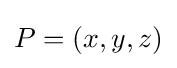
P=(x,y,z)